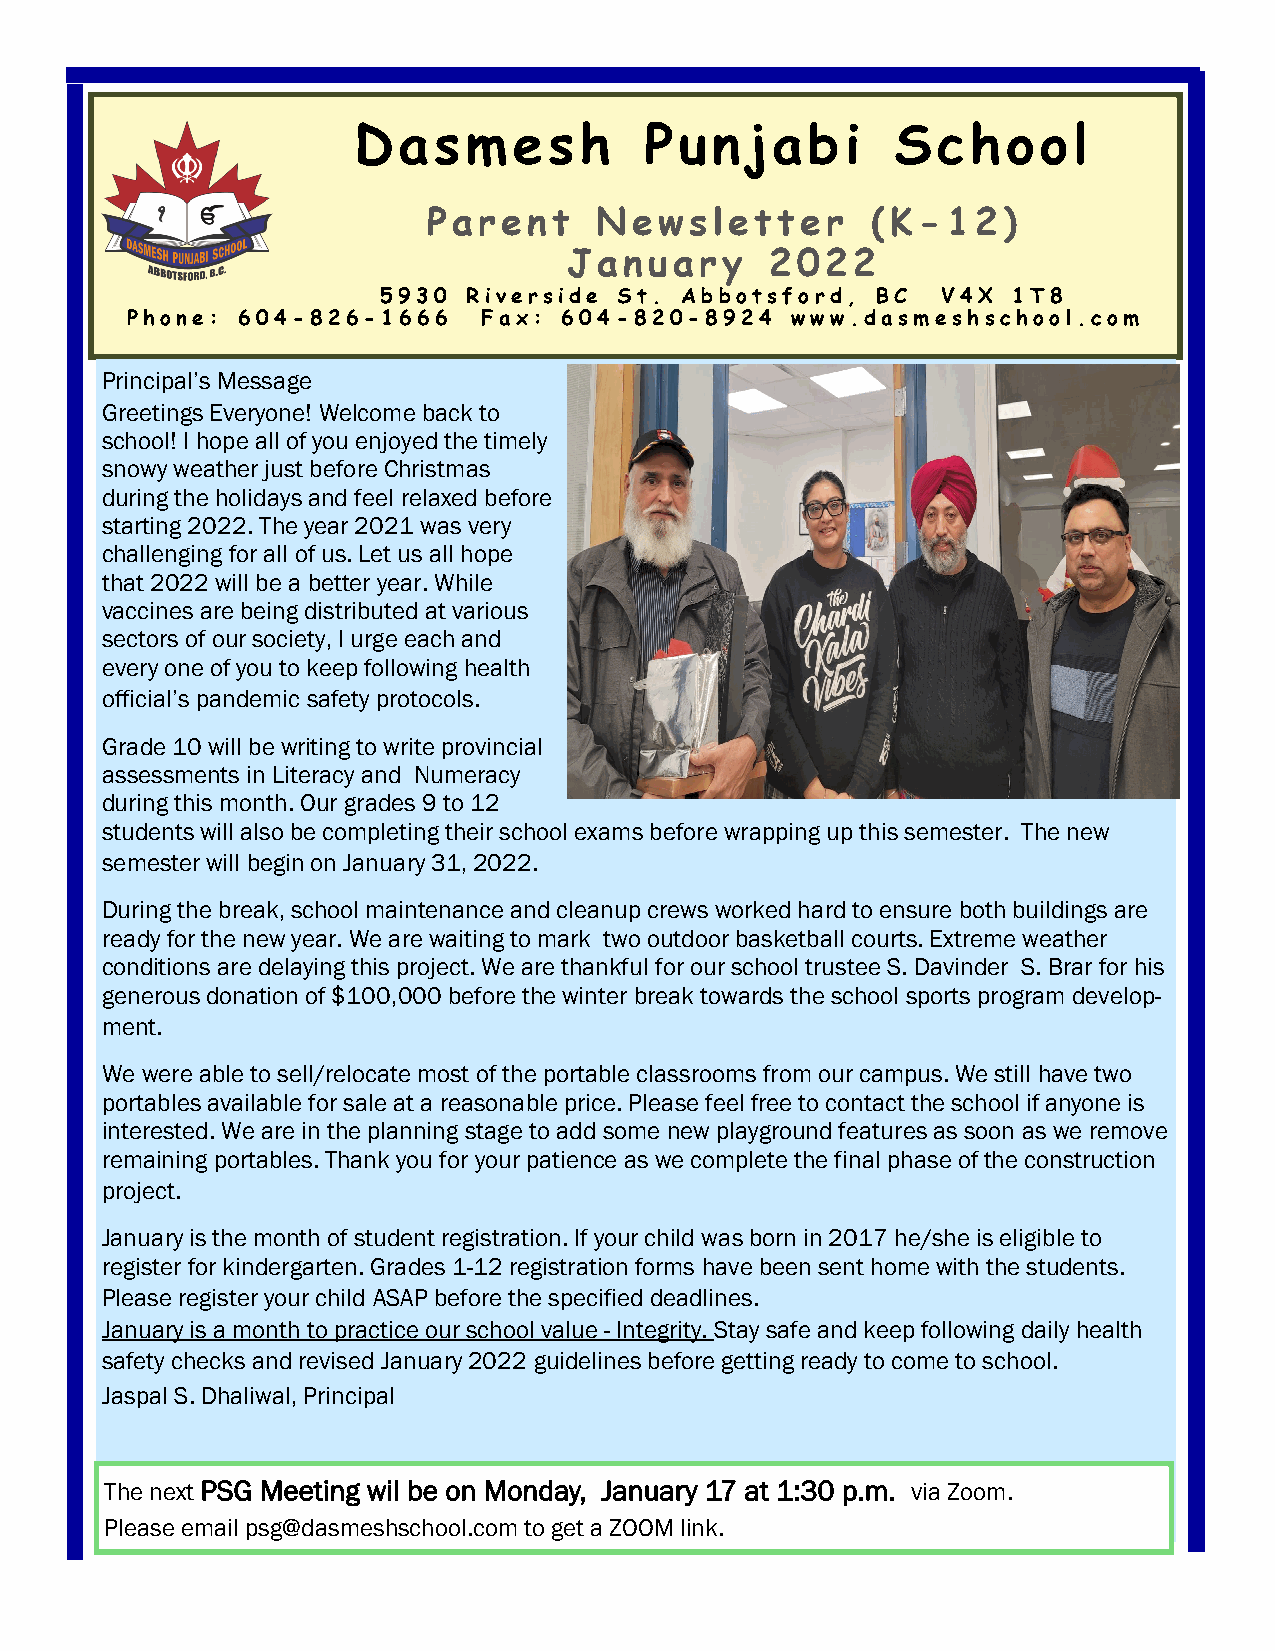
Dasmesh             Punjabi         School
 Parent      Newsletter        (K-12)
 January      2022
 5930  Riverside St. Abbotsford,  BC  V4X  1T8
 Phone:  604-826-1666    Fax: 604-820-8924   www.dasmeshschool.com
 Principal’s Message
 Greetings Everyone! Welcome back to
 school! I hope all of you enjoyed the timely
 snowy weather just before Christmas
 during the holidays and feel relaxed before
 starting 2022. The year 2021 was very
 challenging for all of us. Let us all hope
 that 2022 will be a better year. While
 vaccines are being distributed at various
 sectors of our society, I urge each and
 every one of you to keep following health
 official’s pandemic safety protocols.
 Grade 10 will be writing to write provincial
 assessments in Literacy and Numeracy
 during this month. Our grades 9 to 12
 students will also be completing their school exams before wrapping up this semester. The new
 semester will begin on January 31, 2022.
 During the break, school maintenance and cleanup crews worked hard to ensure both buildings are
 ready for the new year. We are waiting to mark two outdoor basketball courts. Extreme weather
 conditions are delaying this project. We are thankful for our school trustee S. Davinder S. Brar for his
 generous donation of $100,000 before the winter break towards the school sports program develop-
 ment.
 We were able to sell/relocate most of the portable classrooms from our campus. We still have two
 portables available for sale at a reasonable price. Please feel free to contact the school if anyone is
 interested. We are in the planning stage to add some new playground features as soon as we remove
 remaining portables. Thank you for your patience as we complete the final phase of the construction
 project.
 January is the month of student registration. If your child was born in 2017 he/she is eligible to
 register for kindergarten. Grades 1-12 registration forms have been sent home with the students.
 Please register your child ASAP before the specified deadlines.
 January is a month to practice our school value - Integrity. Stay safe and keep following daily health
 safety checks and revised January 2022 guidelines before getting ready to come to school.
 Jaspal S. Dhaliwal, Principal
 The next PSG Meeting wil be on Monday, January 17 at 1:30 p.m. via Zoom.
 Please email psg@dasmeshschool.com to get a ZOOM link.